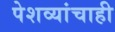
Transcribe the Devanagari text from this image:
पेशव्यांचाही